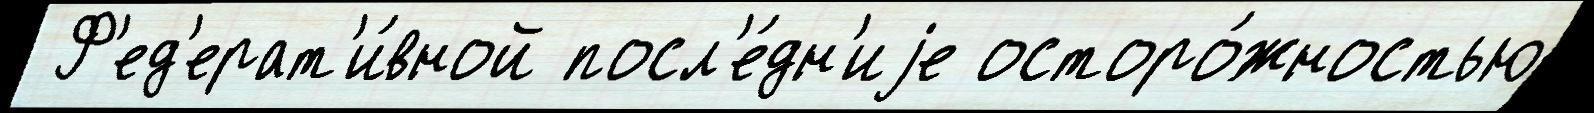
 Ф'ед'ерат'и́вной посл'е́дн'иjе осторо́жностью